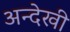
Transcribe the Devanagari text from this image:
अन्देखी